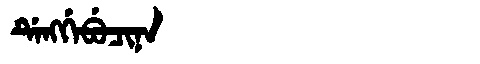
Manchu: ᡩᡝᠩᡤᡝᠪᡠᠴᡳᠨᠠ
Romanization: DENGGEBUCINA